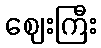
ဈေးကြီး